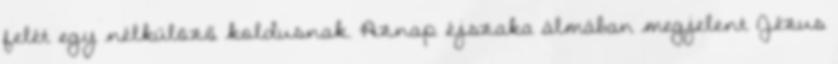
felét egy nélkülöző koldusnak. Aznap éjszaka álmában megjelent Jézus